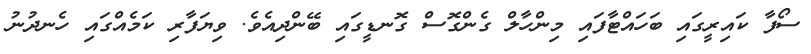
ސޯފާ ކައިރީގައި ބަހައްޓާފައި މިންހާލް ގެންގޮސް ގޮނޑީގައި ބޭންދިއެވެ. ވިޔަފާރި ކަމެއްގައި ހެނދުނު